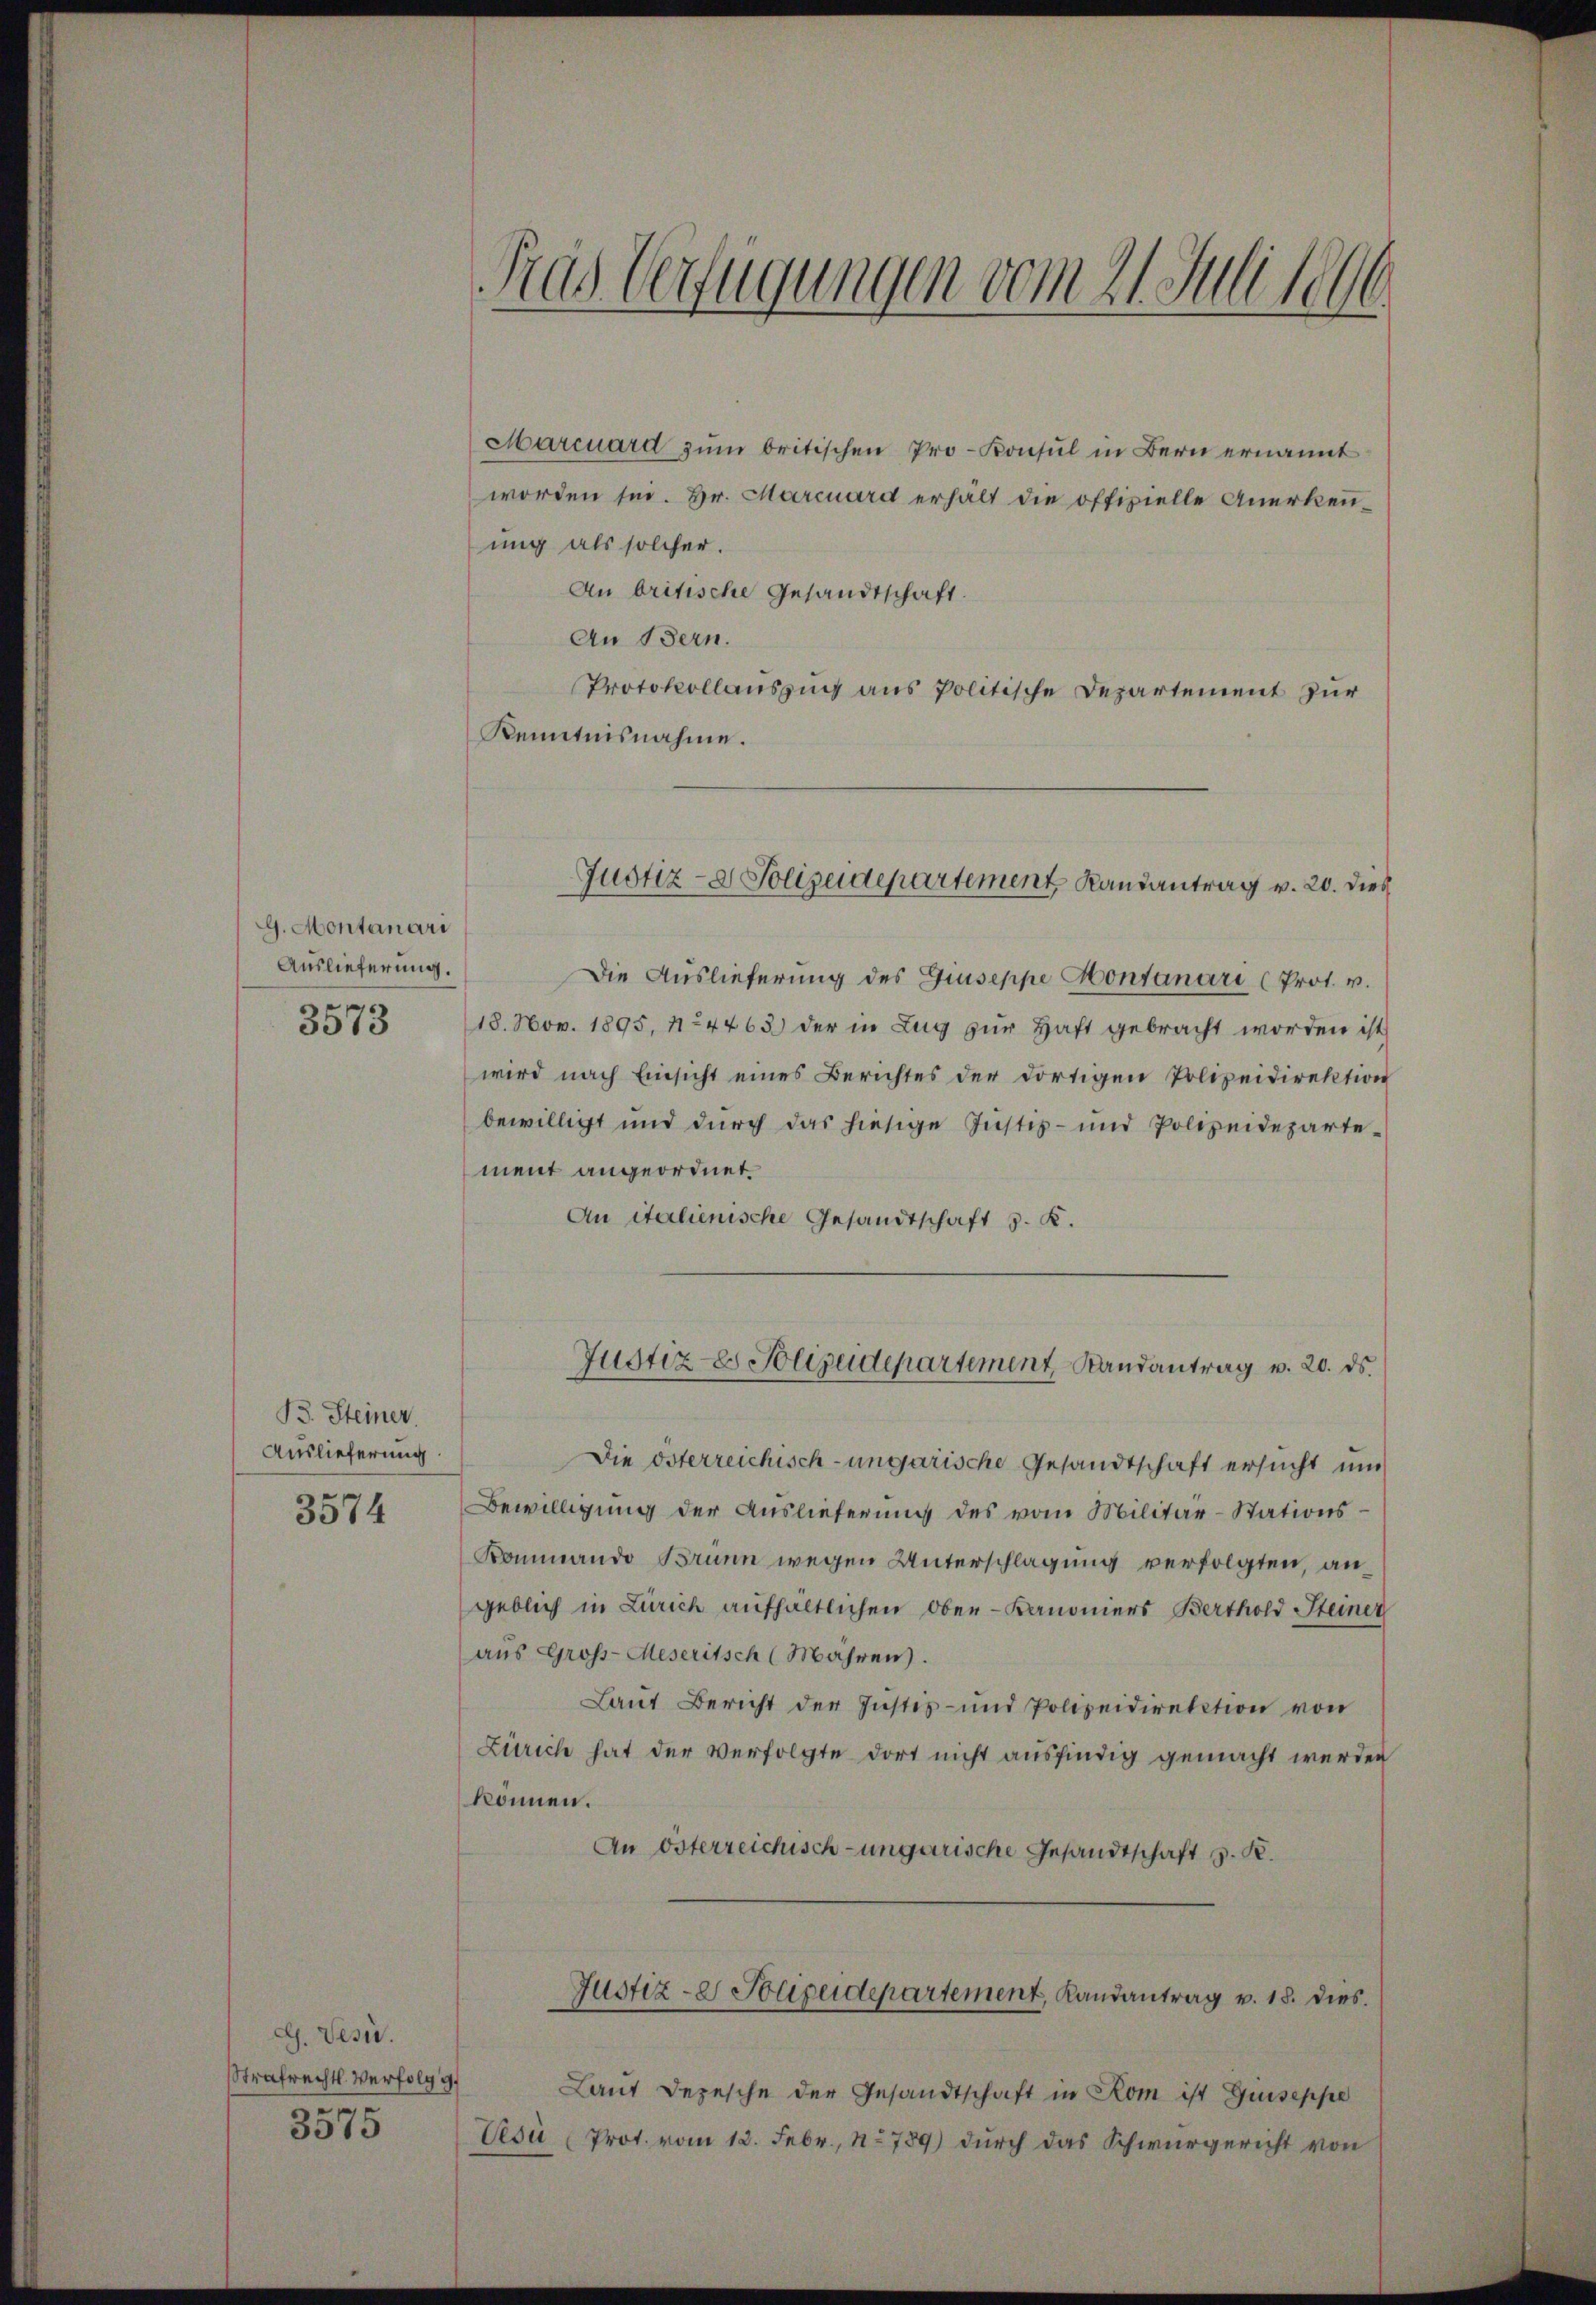
G. Montanari
Auslieferung.
3573

B. Steiner.
Auslieferung.
3574

dh. Pesi.
3575

Marcuard zŭm britischen Pro-Konsul in Bern ernannt
worden sei. Hr. Marcuard erhält die offizielle Anerkennung als solcher.
An britische Gesandtschaft.
An Bern.
Protokollauszug aus politische Departement zur
Kenntnisnahme.

Fras Verfügungen vom 21. Juli 1890
¬

Justiz- & Polizeidepartement, Randantrag v. 20. dies

Die Auslieferung des Guseppe Hontanari (Prot. v.
18. Nov. 1895, 1124463) der in Zug zur Haft gebracht worden ist
wird nach Einsicht eines Berichtes der dortigen Polizeidirektion
bewilligt und durch das hiesige Justiz- und Polizeidepartement angeordnet.
An italienische Gesandtschaft 3. K.
Die Osterreichisch-ungarische Gesandtschaft ersucht und
Bewilligung der Auslieferung des vom Militär-Stations¬
Kommando Brunn wegen Unterschlagung verfolgten, angeblich in Zürich aufhältlichen Ober-Kanoniers Berthold Steiner
aus Gross-Meseritsch (Mahren.
Laŭt Bericht der Justiz- und Polizeidirektion von
Zürich hat der Verfolgte dort nicht ausfindig gemacht werden
können.
An Osterreichisch-ungarische Gesandtschaft z. K.
Justiz - Polizeidepartement, Landantrag v. 18. dies
Strafrechts Verfolg 4) Laut Depesche der Gesandtschaft in Rom ist Guseppe
Vesi (Prot. vom 13. Febr., No 789) durch das Schwurgericht von

Justiz- & Polizeidepartement, Randantrag v. 20. ds.